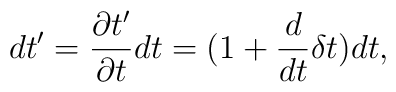
dt'=\frac{\partial t'}{\partial t}dt= (1+\frac{d}{dt}\delta t)dt,